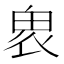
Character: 𠃁